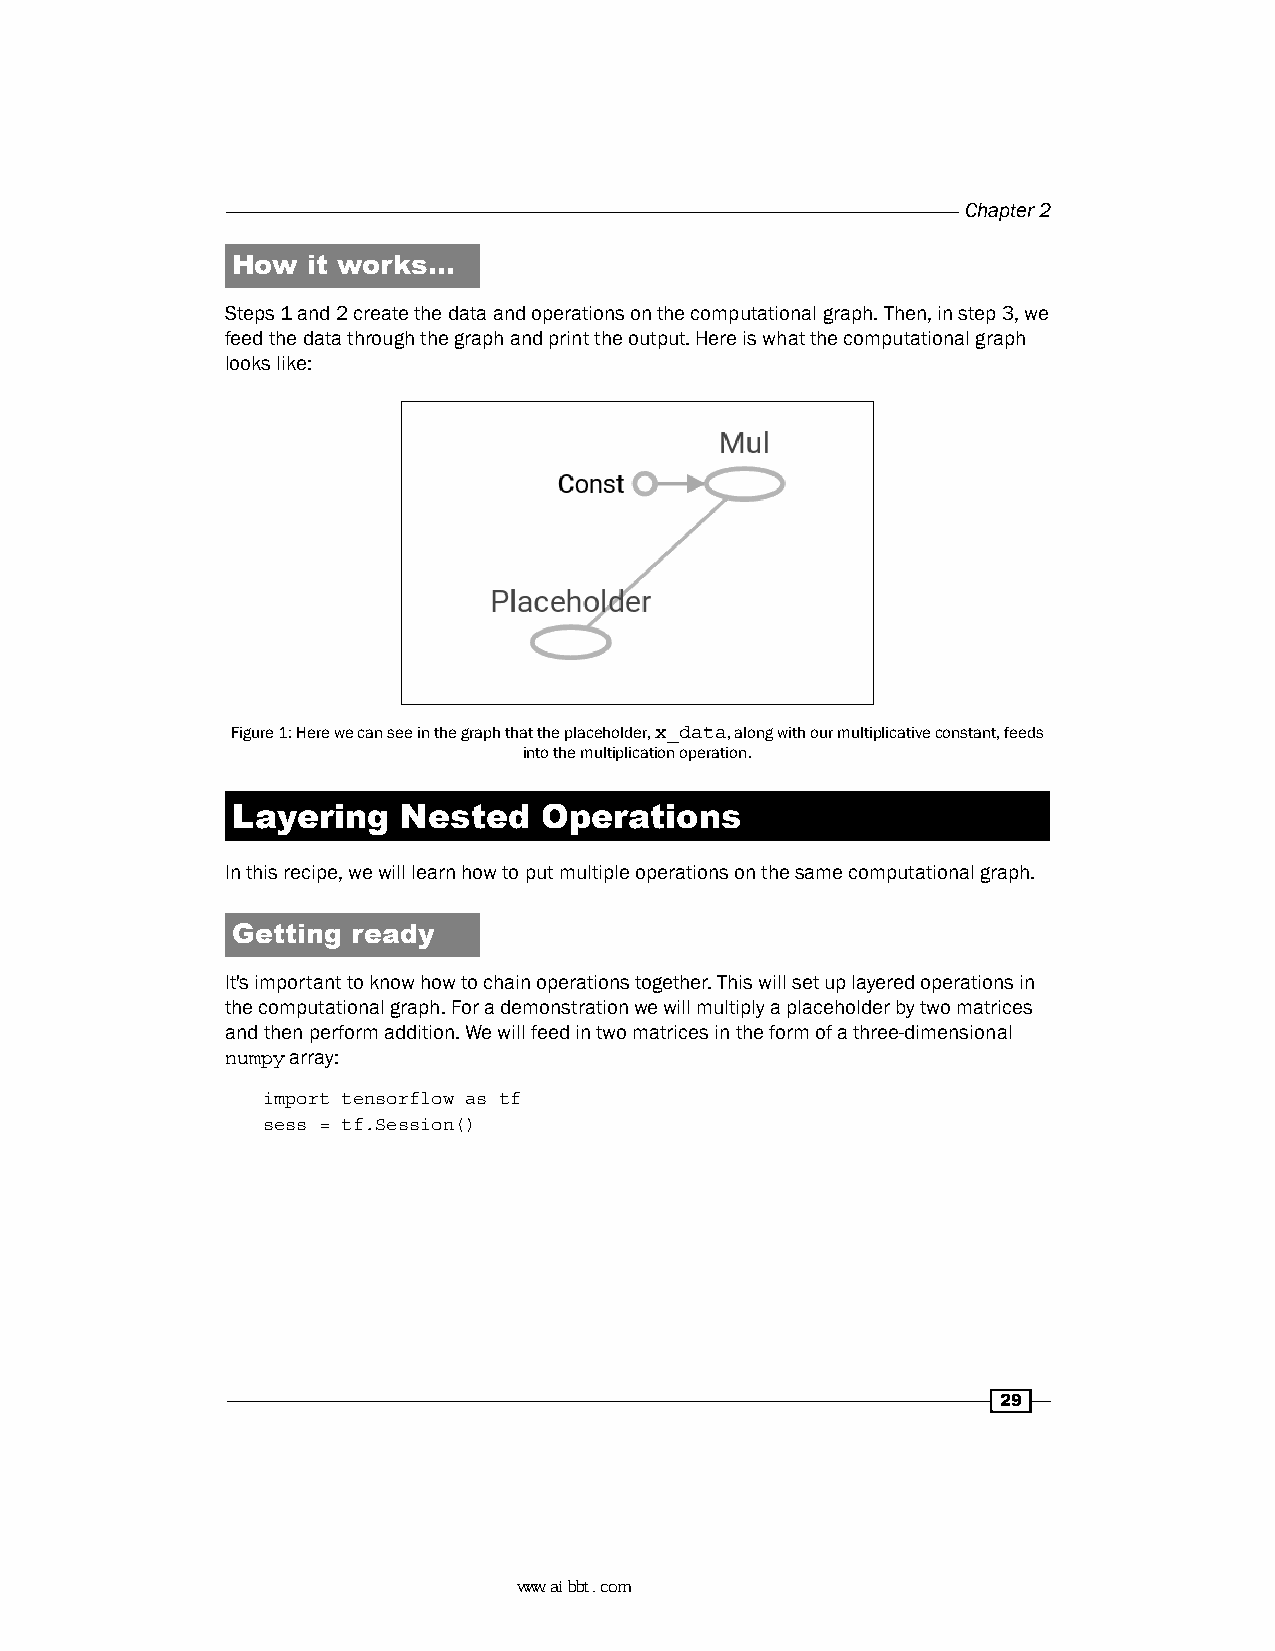
Chapter 2
 How  it works…
 Steps 1 and 2 create the data and operations on the computational graph. Then, in step 3, we
 feed the data through the graph and print the output. Here is what the computational graph
 looks like:
 Figure 1: Here we can see in the graph that the placeholder, x_data, along with our multiplicative constant, feeds
 into the multiplication operation.
 Layering    Nested   Operations
 In this recipe, we will learn how to put multiple operations on the same computational graph.
 Getting ready
 It's important to know how to chain operations together. This will set up layered operations in
 the computational graph. For a demonstration we will multiply a placeholder by two matrices
 and then perform addition. We will feed in two matrices in the form of a three-dimensional
 numpy array:
 import tensorflow as tf
 sess = tf.Session()
 29
 www.aibbt.com 让未来触手可及